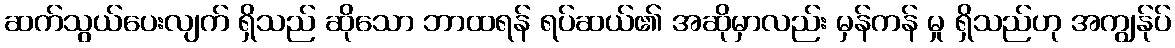
ဆက်သွယ်ပေးလျက် ရှိသည် ဆိုသော ဘာထရန် ရပ်ဆယ်၏ အဆိုမှာလည်း မှန်ကန် မှု ရှိသည်ဟု အကျွန်ုပ်